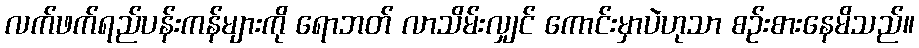
လက်ဖက်ရည်ပန်းကန်များကို ရောဘတ် လာသိမ်းလျှင် ကောင်းမှာပဲဟုသာ စဉ်းစားနေမိသည်။